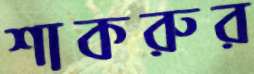
শাকরুর